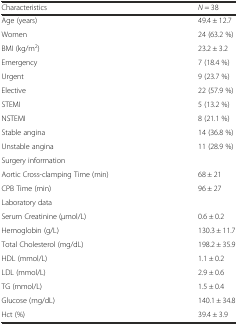
<table><thead><tr><td><b>Characteristics</b></td><td><b><i>N</i> = 38</b></td></tr></thead><tbody><tr><td>Age (years)</td><td>49.4 ± 12.7</td></tr><tr><td>Women</td><td>24 (63.2 %)</td></tr><tr><td>BMI (kg/m<sup>2</sup>)</td><td>23.2 ± 3.2</td></tr><tr><td>Emergency</td><td>7 (18.4 %)</td></tr><tr><td>Urgent</td><td>9 (23.7 %)</td></tr><tr><td>Elective</td><td>22 (57.9 %)</td></tr><tr><td>STEMI</td><td>5 (13.2 %)</td></tr><tr><td>NSTEMI</td><td>8 (21.1 %)</td></tr><tr><td>Stable angina</td><td>14 (36.8 %)</td></tr><tr><td>Unstable angina</td><td>11 (28.9 %)</td></tr><tr><td>Surgery information</td><td></td></tr><tr><td>Aortic Cross-clamping Time (min)</td><td>68 ± 21</td></tr><tr><td>CPB Time (min)</td><td>96 ± 27</td></tr><tr><td>Laboratory data</td><td></td></tr><tr><td>Serum Creatinine (μmol/L)</td><td>0.6 ± 0.2</td></tr><tr><td>Hemoglobin (g/L)</td><td>130.3 ± 11.7</td></tr><tr><td>Total Cholesterol (mg/dL)</td><td>198.2 ± 35.9</td></tr><tr><td>HDL (mmol/L)</td><td>1.1 ± 0.2</td></tr><tr><td>LDL (mmol/L)</td><td>2.9 ± 0.6</td></tr><tr><td>TG (mmol/L)</td><td>1.5 ± 0.4</td></tr><tr><td>Glucose (mg/dL)</td><td>140.1 ± 34.8</td></tr><tr><td>Hct (%)</td><td>39.4 ± 3.9</td></tr></tbody></table>